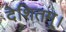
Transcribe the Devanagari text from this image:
देशितम्।